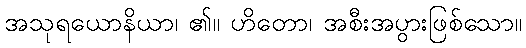
အသုရယောနိယာ၊ ၏။ ဟိတော၊ အစီးအပွားဖြစ်သော။